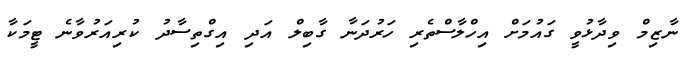
ނާޒިމް ވިދާޅުވީ ގައުމަށް އިހްލާސްތެރި ހަރުދަނާ ގާބިލް އަދި އިގްތިސާދު ކުރިއަރުވާނެ ޓީމަކާ